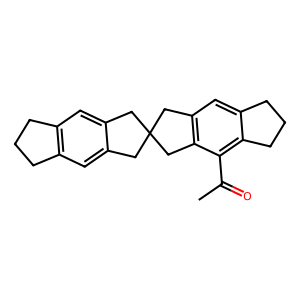
SMILES: CC(=O)c1c2c(cc3c1CC1(Cc4cc5c(cc4C1)CCC5)C3)CCC2
Inhibits HIV replication: No